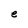
Character: e